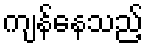
ကျန်နေသည့်